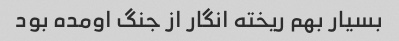
بسیار بهم ریخته انگار از جنگ اومده بود